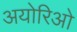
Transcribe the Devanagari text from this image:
अयोरिओ